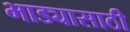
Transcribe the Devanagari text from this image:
भाड्यासाठी